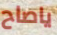
ياصاح